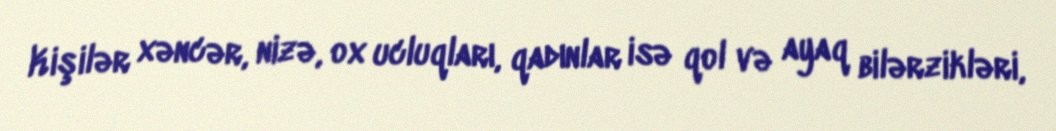
Kişilər xəncər, nizə, ox ucluqları, qadınlar isə qol və ayaq bilərzikləri,